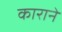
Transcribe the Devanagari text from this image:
काराने